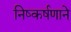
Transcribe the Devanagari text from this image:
निष्कर्षणाने